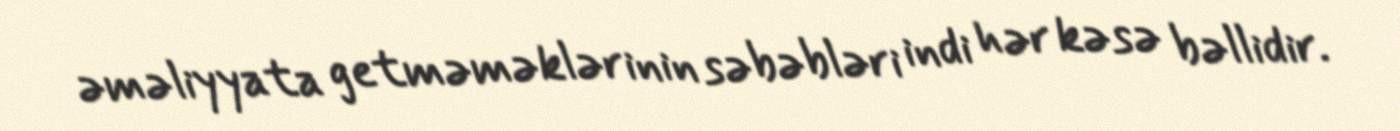
əməliyyata getməməklərinin səbəbləri indi hər kəsə bəllidir.